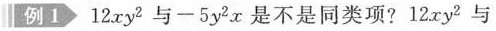
例1 12xy^{2}与-5y^{2}x是不是同类项?12xy^{2}与